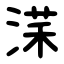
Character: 㴕